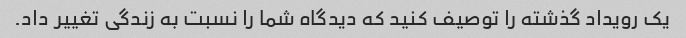
یک رویداد گذشته را توصیف کنید که دیدگاه شما را نسبت به زندگی تغییر داد.